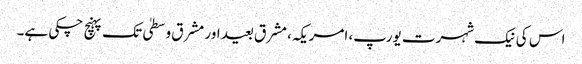
اس کی نیک شہرت یورپ، امریکہ، مشرق بعید اور مشرق وسطیٰ تک پہنچ چکی ہے۔